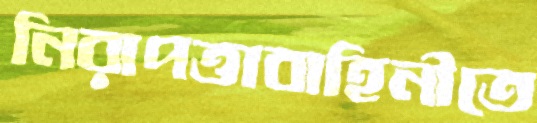
নিরাপত্তাবাহিনীতে